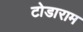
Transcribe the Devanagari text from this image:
टोडाराम